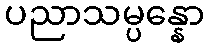
ပညာသမ္ပန္နော